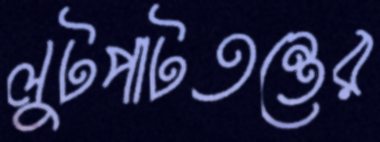
লুটপাটতন্ত্রের